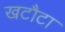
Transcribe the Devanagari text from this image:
खटौटा